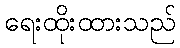
ရေးထိုးထားသည်